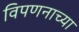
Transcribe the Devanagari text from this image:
विपणनाच्या